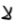
لا